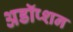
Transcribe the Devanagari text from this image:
अडॉप्शन